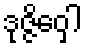
ဒုဇ္ဇိဝှေါ